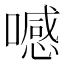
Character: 𠿑